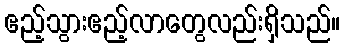
ဧည့်သွားဧည့်လာတွေလည်းရှိသည်။